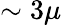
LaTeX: \sim 3\mu